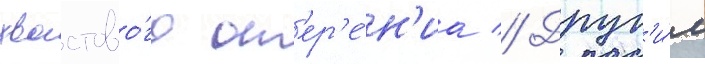
хвостово́го оп'ер'е́н'иа // Друг'и́м